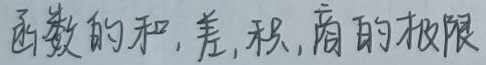
函数的和,差,积,商的极限